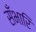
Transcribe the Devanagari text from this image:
सँभारि